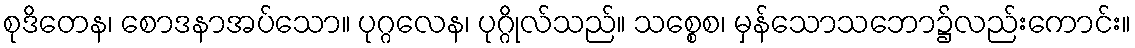
စုဒိတေန၊ စောဒနာအပ်သော။ ပုဂ္ဂလေန၊ ပုဂ္ဂိုလ်သည်။ သစ္စေစ၊ မှန်သောသဘော၌လည်းကောင်း။